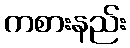
ကစားနည်း